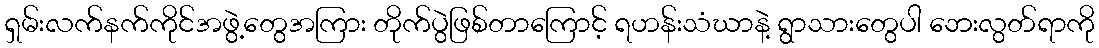
ရှမ်းလက်နက်ကိုင်အဖွဲ့တွေအကြား တိုက်ပွဲဖြစ်တာကြောင့် ရဟန်းသံဃာနဲ့ ရွာသားတွေပါ ဘေးလွတ်ရာကို